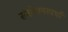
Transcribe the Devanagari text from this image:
संशोधनस्पर्धा